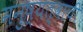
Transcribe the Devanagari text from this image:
मनुष्यत्वाची